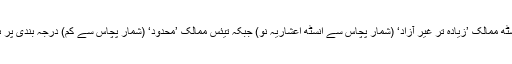
پینسٹھ ممالک ’زیادہ تر غیر آزاد‘ (شمار پچاس سے انسٹھ اعشاریہ نو) جبکہ تیئس ممالک ’محدود‘ (شمار پچاس سے کم) درجہ بندی پر ہیں۔